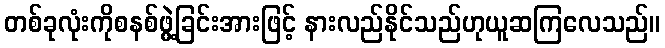
တစ်ခုလုံးကိုစနစ်ဖွဲ့ခြင်းအားဖြင့် နားလည်နိုင်သည်ဟုယူဆကြလေသည်။